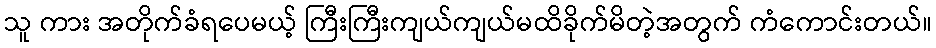
သူ ကား အတိုက်ခံရပေမယ့် ကြီးကြီးကျယ်ကျယ်မထိခိုက်မိတဲ့အတွက် ကံကောင်းတယ်။